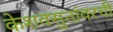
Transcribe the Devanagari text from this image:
केशवसुतांवरची